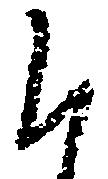
候